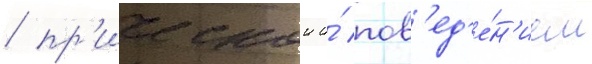
/ пр'ическои и́ пов'ед'е́н'ием